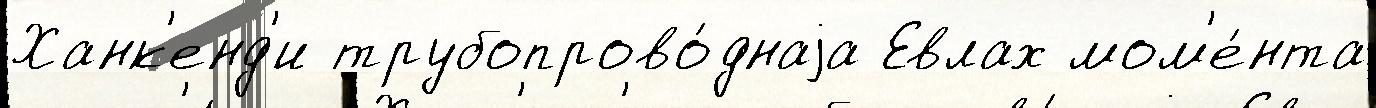
Ханк'енд'и трубопрово́днаjа Евлах мом'е́нта